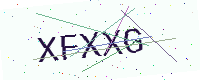
Text: XFXXG